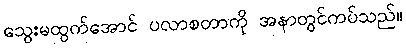
သွေးမထွက်အောင် ပလာစတာကို အနာတွင်ကပ်သည်။